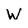
Character: W